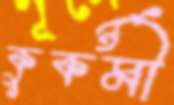
কুকর্মী